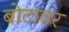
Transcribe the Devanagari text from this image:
बोटांवर